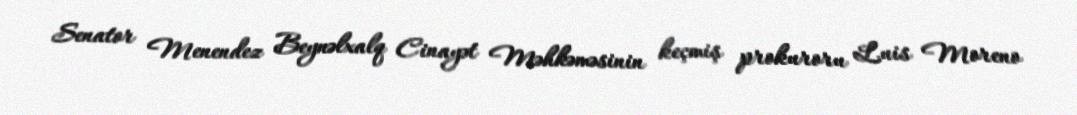
Senator Menendez Beynəlxalq Cinayət Məhkəməsinin keçmiş prokuroru Luis Moreno